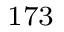
^ { 1 7 3 }